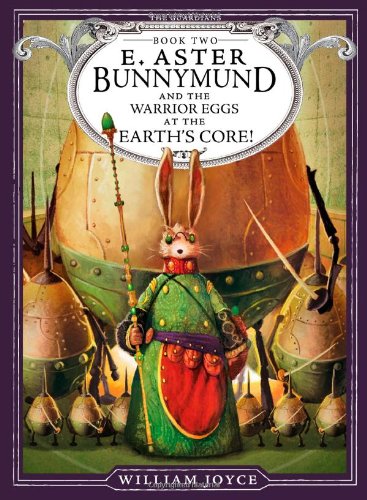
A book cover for E. Aster Bunnymund and the Warrior Eggs at the Earth's Core! (The Guardians); William Joyce; Children's Books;